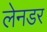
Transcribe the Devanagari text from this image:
लेनडर